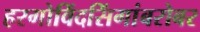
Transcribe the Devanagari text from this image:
हरगोविंदसिंगांबरोबर